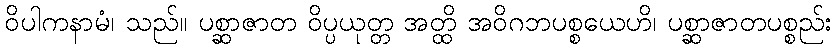
ဝိပါကနာမံ၊ သည်။ ပစ္ဆာဇာတ ဝိပ္ပယုတ္တ အတ္ထိ အဝိဂဘပစ္စယေဟိ၊ ပစ္ဆာဇာတပစ္စည်း